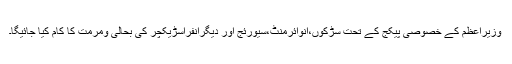
وزیراعظم کے خصوصی پیکج کے تحت سڑکوں،انوائرمنٹ،سیورئج اور دیگرانفراسڑیکچر کی بحالی ومرمت کا کام کیا جائیگا۔